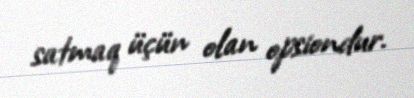
satmaq üçün olan opsiondur.